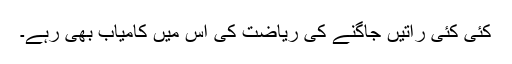
کئی کئی راتیں جاگنے کی ریاضت کی اس میں کامیاب بھی رہے۔